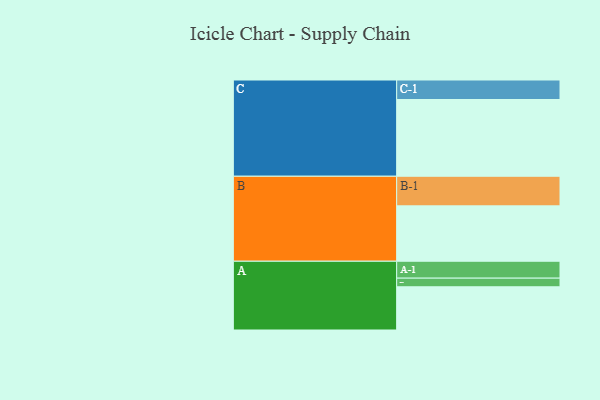
{"axis": {"x": "Segment", "y": "Value"}, "legend": ["", "A", "B", "C"], "data": [{"x": "A", "y": 330, "type": ""}, {"x": "B", "y": 423, "type": ""}, {"x": "C", "y": 586, "type": ""}, {"x": "A-1", "y": 129, "type": "A"}, {"x": "A-2", "y": 66, "type": "A"}, {"x": "B-1", "y": 226, "type": "B"}, {"x": "C-1", "y": 149, "type": "C"}]}